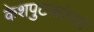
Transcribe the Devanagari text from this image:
केशपुटकांच्या